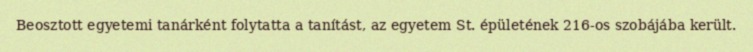
Beosztott egyetemi tanárként folytatta a tanítást, az egyetem St. épületének 216-os szobájába került.